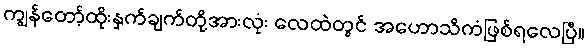
ကျွန်တော့်ထိုးနှက်ချက်တို့အားလုံး လေထဲတွင် အဟောသိကံဖြစ်ရလေပြီ။